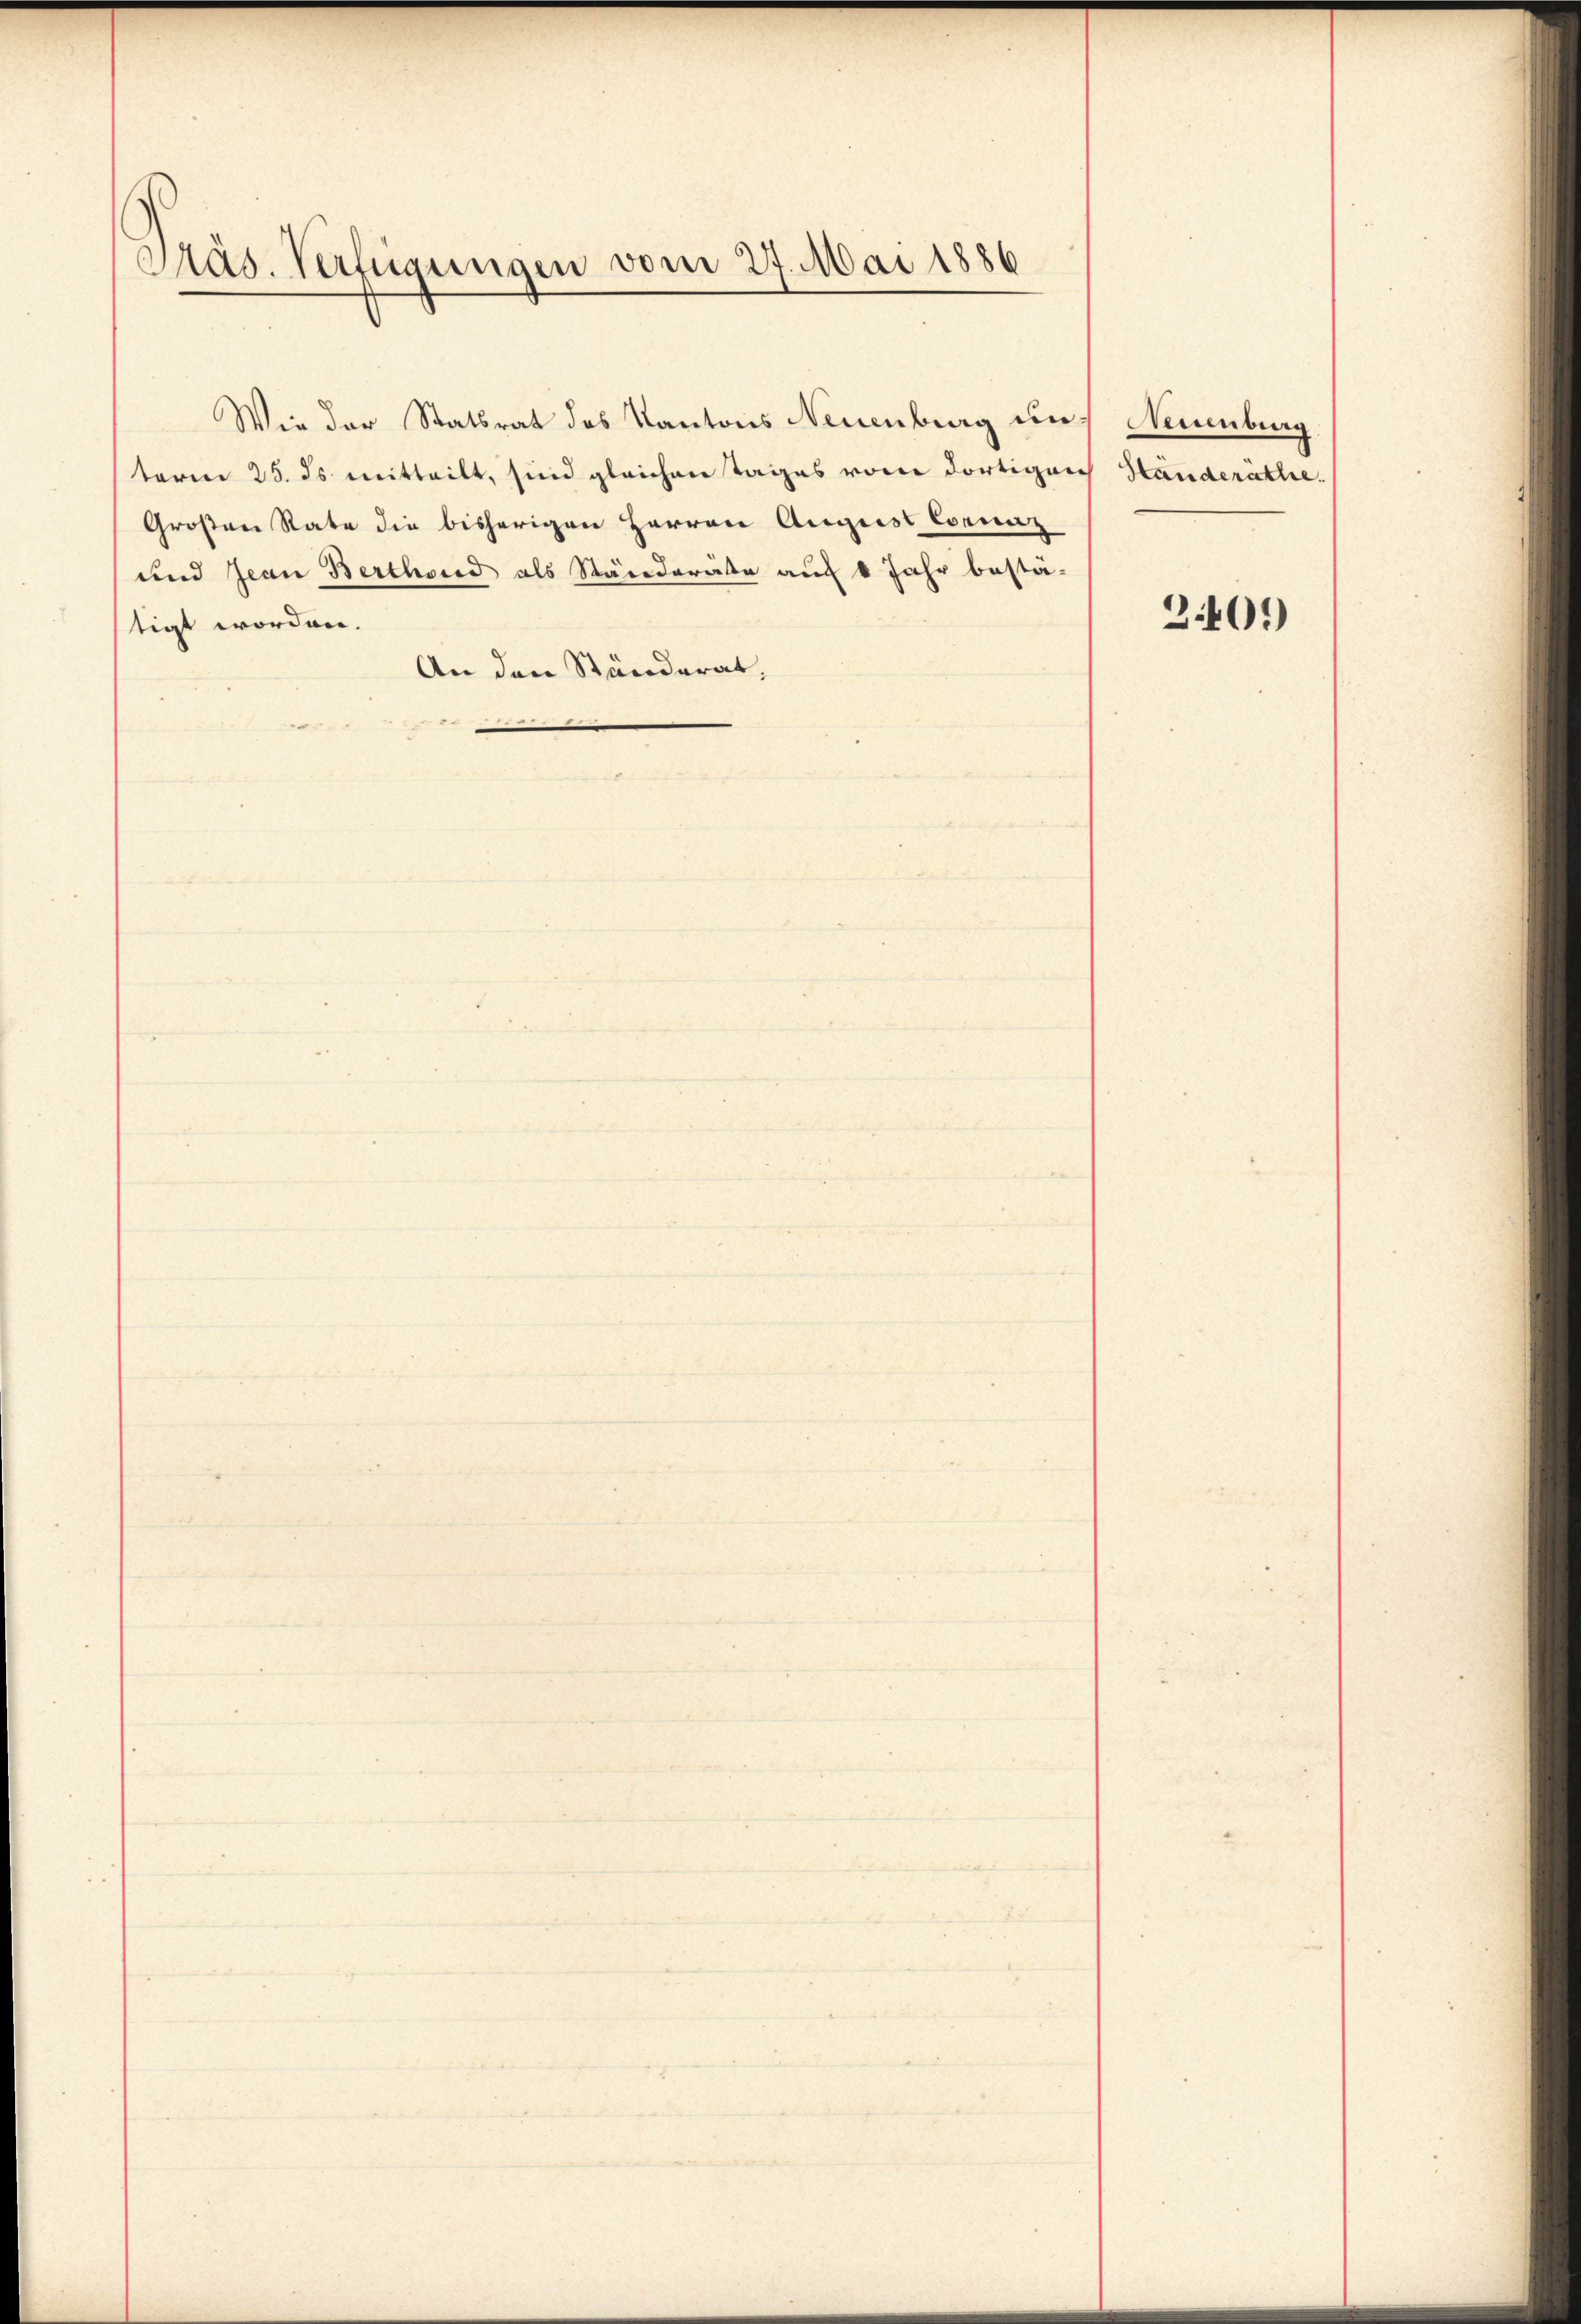
Präs. Verfügungen vom 27. Mai 1886

Wie der Statsrat des Kantons Neuenburg und Neuenburg
term 25. ds mitteilt, sind gleichentages vom dortigen Händeräthe.
Großen Rate die bisherigen Herren August Corniz
und Jean Berthond als Ständeräte auf 8 Jahr bestä-
tigt worden.
An den Ständerat,

3401)